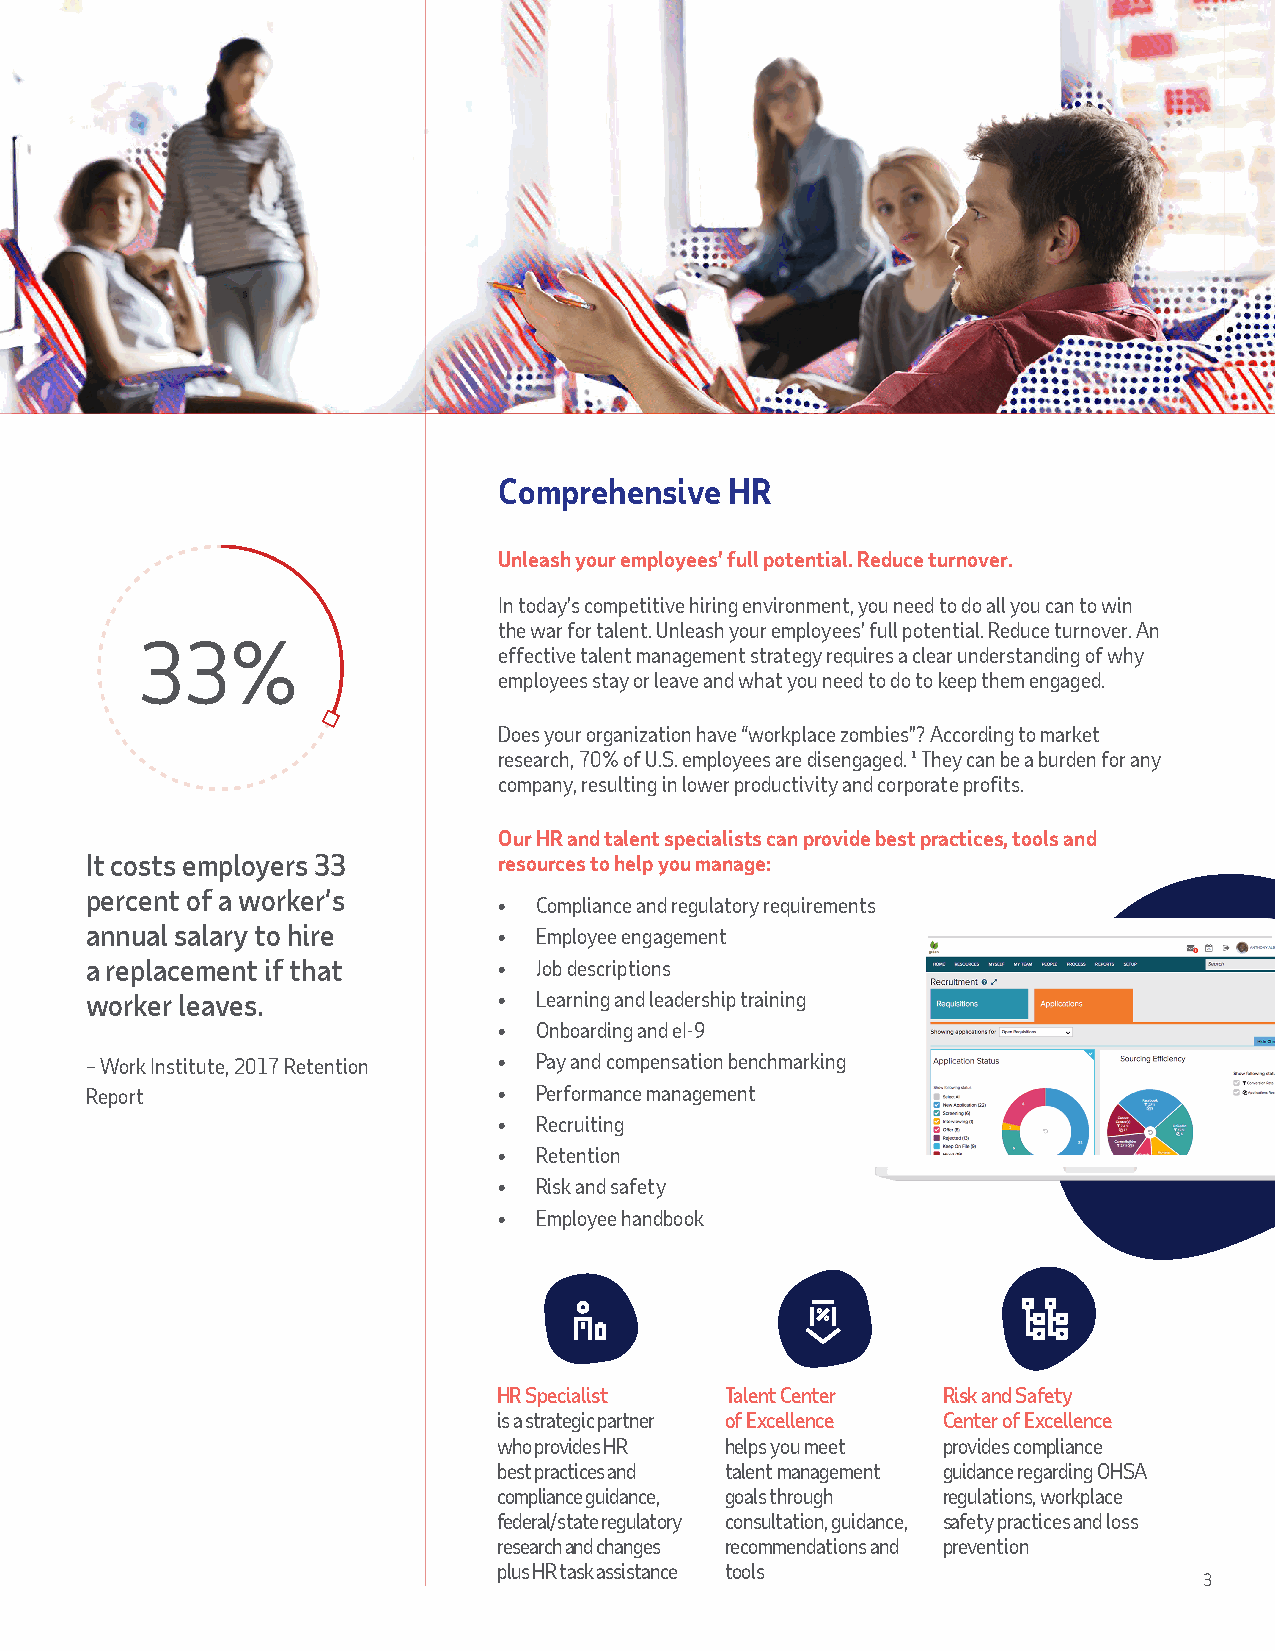
Comprehensive  HR
 Unleash your employees’ full potential. Reduce turnover.
 In today’s competitive hiring environment, you need to do all you can to win
 the war for talent. Unleash your employees’ full potential. Reduce turnover. An
 33%
 effective talent management strategy requires a clear understanding of why
 employees stay or leave and what you need to do to keep them engaged.
 Does your organization have “workplace zombies”? According to market
 research, 70% of U.S. employees are disengaged. ¹ They can be a burden for any
 company, resulting in lower productivity and corporate profits.
 Our HR and talent specialists can provide best practices, tools and
 It costs employers 33      resources to help you manage:
 percent of a worker’s
 • Compliance and regulatory requirements
 annual salary to hire      • Employee engagement
 a replacement if that      • Job descriptions
 worker leaves.             • Learning and leadership training
 • Onboarding and eI-9
 – Work Institute, 2017 Retention • Pay and compensation benchmarking
 Report                     • Performance management
 • Recruiting
 • Retention
 • Risk and safety
 • Employee handbook
 HR Specialist  Talent Center Risk and Safety
 is a strategic partner of Excellence Center of Excellence
 who provides HR helps you meet provides compliance
 best practices and talent management guidance regarding OHSA
 compliance guidance, goals through regulations, workplace
 federal/state regulatory consultation, guidance, safety practices and loss
 research and changes recommendations and prevention
 plus HR task assistance tools
 3